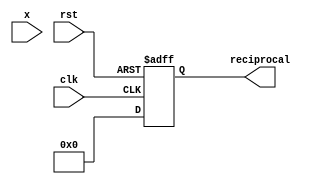
module PLAR (
    input wire [7:0] x,            // Input: 8-bit positive number
    output reg [15:0] reciprocal,  // Output: 16-bit reciprocal approximation
    input wire clk,                // Clock signal
    input wire rst                 // Reset signal
);

    // Piecewise linear coefficients (for illustration purposes)
    reg [15:0] m; // Slope
    reg [15:0] b; // Y-intercept

    always @(posedge clk or posedge rst) begin
        if (rst) begin
            reciprocal <= 16'd0; // Reset output
        end else begin
            // Segment selection based on input x
            case (x)
                8'd0: begin
                    // Handle x = 0 case (reciprocal not defined, output 0)
                    reciprocal <= 16'd0; 
                end
                8'd1: begin
                    m <= 16'hFFFF; // Slope for segment [0, 1]
                    b <= 16'h0000; // Y-intercept
                end
                8'd2: begin
                    m <= 16'h7FFF; // Slope for segment [1, 2]
                    b <= 16'h8000; // Y-intercept
                end
                8'd3, 8'd4: begin
                    m <= 16'h4000; // Slope for segment [2, 4]
                    b <= 16'h8000; // Y-intercept
                end
                default: begin
                    m <= 16'h0000; // Default slope
                    b <= 16'h0000; // Default intercept
                end
            endcase

            // Linear approximation calculation
            // reciprocal = (m * x + b) >> 16
            reciprocal <= (m * x + b) >> 16;
        end
    end

endmodule